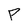
Character: P